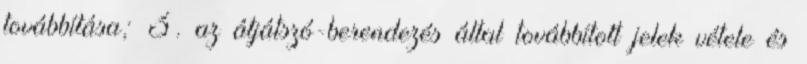
továbbítása; 3. az átjátszó-berendezés által továbbított jelek vétele és